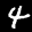
Label: 4